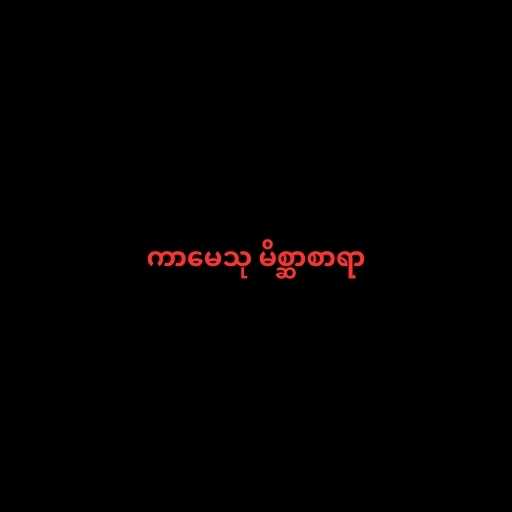
ကာမေသု မိစ္ဆာစာရာ